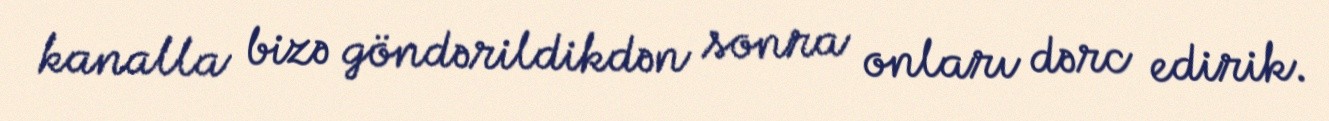
kanalla bizə göndərildikdən sonra onları dərc edirik.